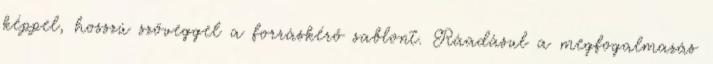
képpel, hosszú szöveggel a forráskérő sablont. Ráadásul a megfogalmazás